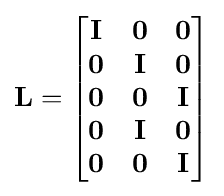
\mathbf {L} ={\begin{bmatrix}\mathbf {I} &\mathbf {0} &\mathbf {0} \\\mathbf {0} &\mathbf {I} &\mathbf {0} \\\mathbf {0} &\mathbf {0} &\mathbf {I} \\\mathbf {0} &\mathbf {I} &\mathbf {0} \\\mathbf {0} &\mathbf {0} &\mathbf {I} \end{bmatrix}}